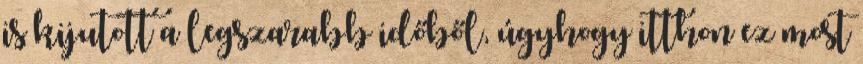
is kijutott a legszarabb időből, úgyhogy itthon ez most